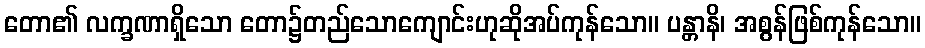
တော၏ လက္ခဏာရှိသော တော၌တည်သောကျောင်းဟုဆိုအပ်ကုန်သော။ ပန္တာနိ၊ အစွန်ဖြစ်ကုန်သော။